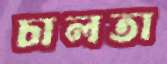
চালতা